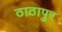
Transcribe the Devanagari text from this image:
ठाठापुर